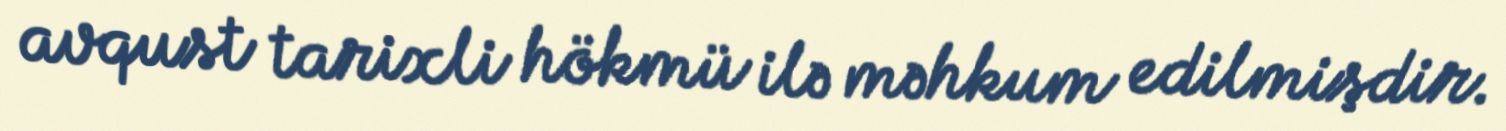
avqust tarixli hökmü ilə məhkum edilmişdir.